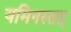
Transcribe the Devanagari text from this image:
यमिनस्तत्